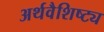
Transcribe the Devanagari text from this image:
अर्थवैशिष्ट्य